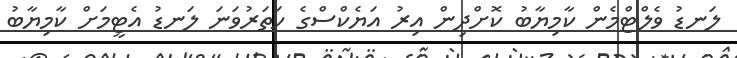
ލަނޑު ވެލްޓްމެން ކާމިޔާބު ކޮށްދިން އިރު އަޔެކްސްގެ ހަތަރުވަނަ ލަނޑު އެޓީމަށް ކާމިޔާބު